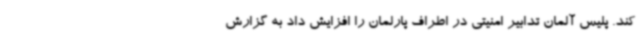
کند. پلیس آلمان تدابیر امنیتی در اطراف پارلمان را افزایش داد به گزارش